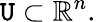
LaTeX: \mathtt{U}\subset\mathbb{{R}}^{n}.